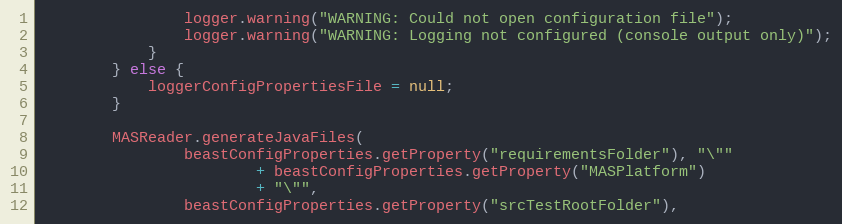
Language: Java
                logger.warning("WARNING: Could not open configuration file");
                logger.warning("WARNING: Logging not configured (console output only)");
            }
        } else {
            loggerConfigPropertiesFile = null;
        }

        MASReader.generateJavaFiles(
                beastConfigProperties.getProperty("requirementsFolder"), "\""
                        + beastConfigProperties.getProperty("MASPlatform")
                        + "\"",
                beastConfigProperties.getProperty("srcTestRootFolder"),